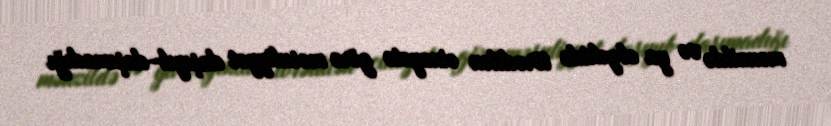
mənzildə və ya obyektdə törədilən cinayətə görə məsuliyyət daşıyıb-daşımadığı